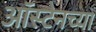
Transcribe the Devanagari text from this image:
ऑस्टेनच्या